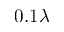
0 . 1 \lambda